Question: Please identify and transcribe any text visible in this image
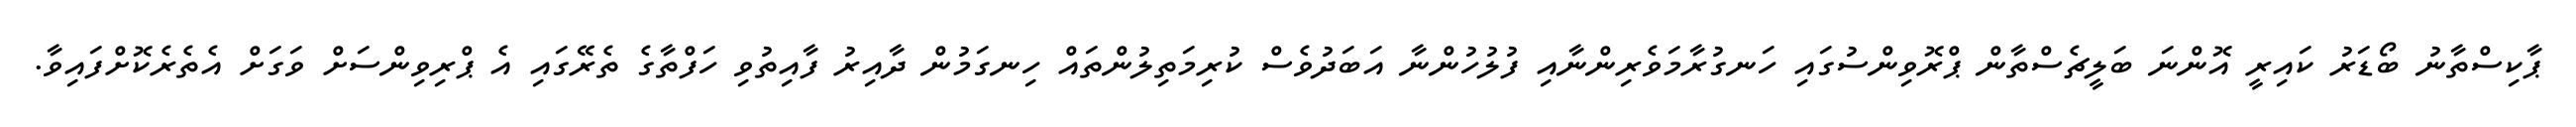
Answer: ޕާކިސްތާނު ބޯޑަރު ކައިރީ އޮންނަ ބަލީޗެސްތާން ޕްރޮވިންސުގައި ހަނގުރާމަވެރިންނާއި ފުލުހުންނާ އަބަދުވެސް ކުރިމަތިލުންތައް ހިނގަމުން ދާއިރު ފާއިތުވި ހަފްތާގެ ތެރޭގައި އެ ޕްރިވިންސަށް ވަގަށް އެތެރެކޮށްފައިވާ.